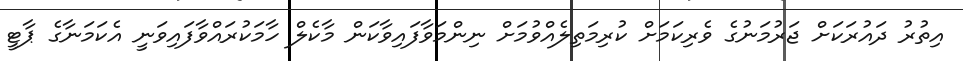
އިތުރު ދައުރަކަށް ޖަރުމަނުގެ ވެރިކަމަށް ކުރިމަތިލެއްވުމަށް ނިންމަވާފައިވާކަން މާކެލް ހާމަކުރައްވާފައިވަނީ އެކަމަނާގެ ޕާޓީ